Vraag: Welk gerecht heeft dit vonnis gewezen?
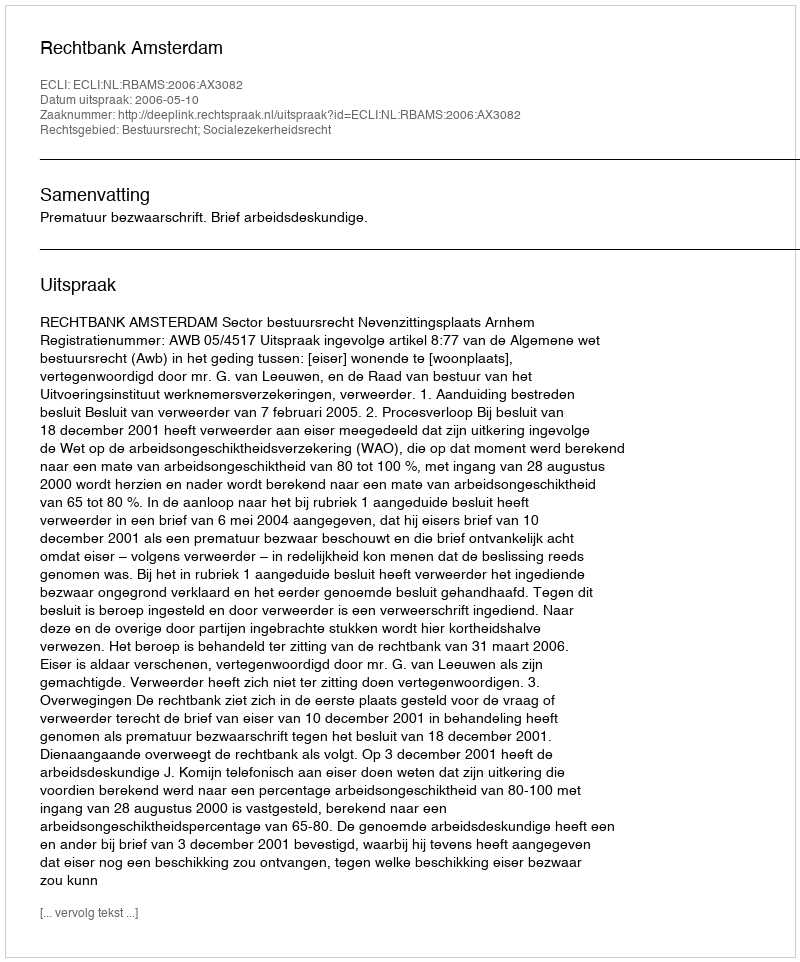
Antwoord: Rechtbank Amsterdam